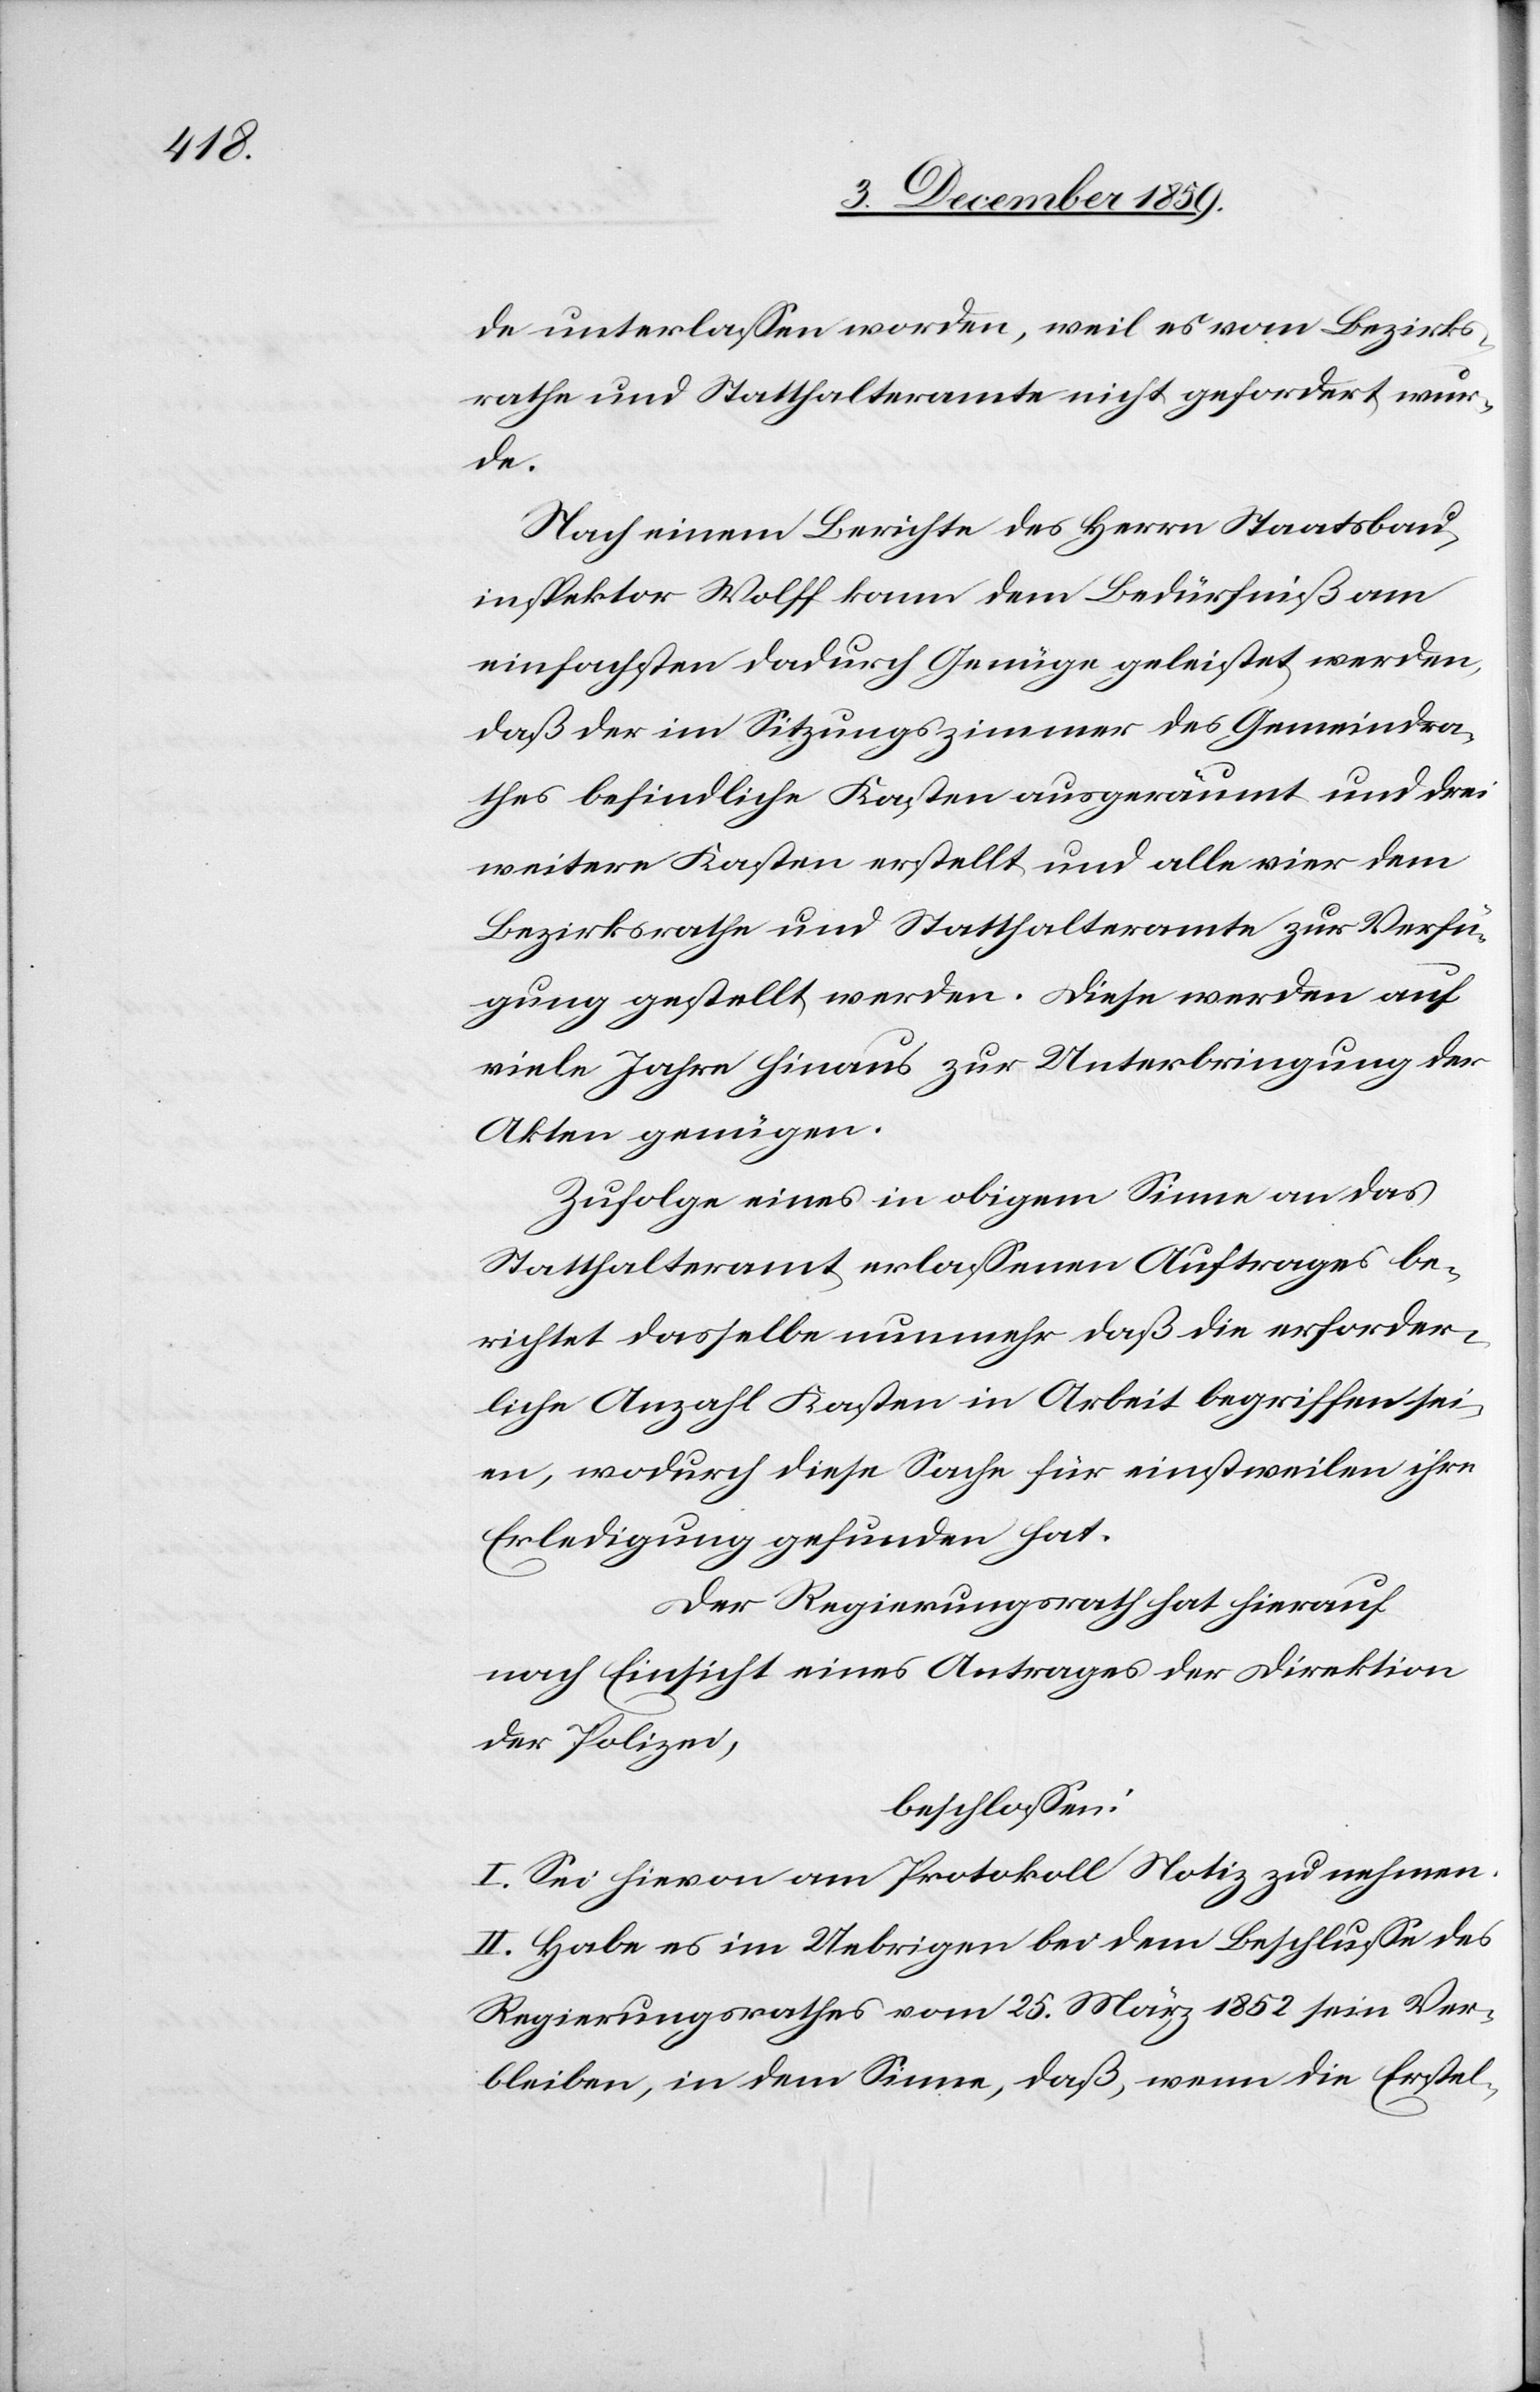
de unterlassen worden, weil es vom Berzirks¬
rathe und Statthalteramte nicht gefordert wur¬
de.
Nach einem Berichte des Herrn Staatsbau¬
insprektor Wolff kann dem Bedürfniß am
einfachsten dadurch genüge geleistet werden,
daß der im Sitzungszimmer des Gemeindera¬
thes befindliche Kasten ausgeräumt und drei
weitere Kasten erstellt und alle vier dem
Bezirksrathe und Statthalteramte zur Verfü¬
gung gestellt werden, Diese werden auf
viele Jahre hinaus zur Unterbringung der
Akten genügen.
Zufolge eines in obigem Sinne an das
Statthalteramt erlassenen Auftrages be¬
richtet dasselbe nunmehr daß die erforder¬
liche Anzahl Kasten in Arbeit begriffen sei¬
en, wodurch diese Sache für einstweilen ihre
Erledigung gefunden hat.
Der Regierungsrath hat hierauf,
nach Einsicht eines Antrages der Direktion
der Polizei,
beschlossen:
I. Sei hievon am Protokoll Notiz zu nehmen.
II. Habe es im Uebrigen bei dem Beschlusse des
Regierungsrathes vom 25. März 1852 sein Ver¬
bleiben, in dem Sinne, daß, wenn die Erstel-